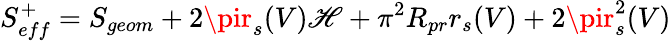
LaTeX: S_{eff}^{+}=S_{geom}+2\pir_{s}(V)\mathscr{H}+\pi^{2}R_{pr}r_{s}(V)+2\pir_{s}^{2}(V)